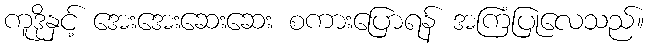
ကူဒိုနှင့် အေးအေးဆေးဆေး စကားပြောရန် အကြံပြုလေသည်။